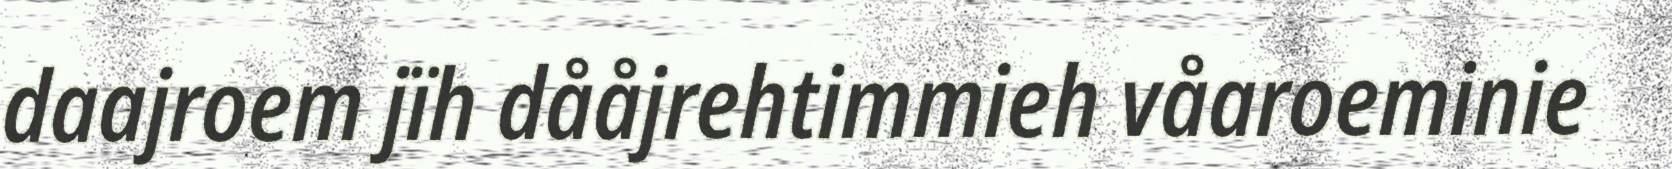
daajroem jïh dååjrehtimmieh våaroeminie